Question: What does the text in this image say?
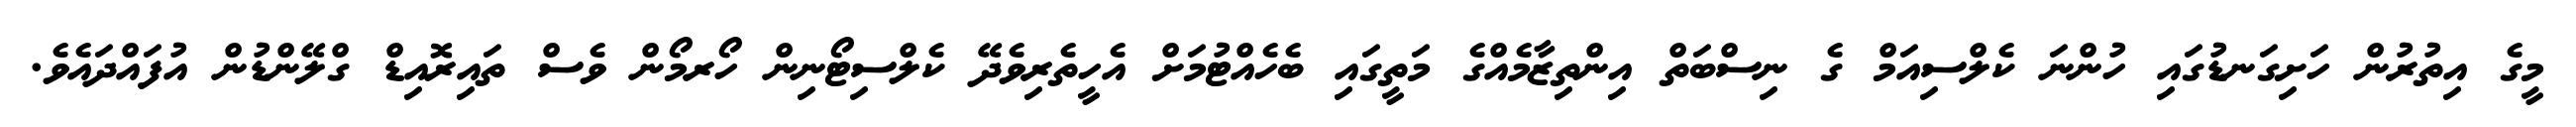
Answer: މީގެ އިތުރުން ހަށިގަނޑުގައި ހުންނަ ކެލްސިއަމް ގެ ނިސްބަތް އިންތިޒާމެއްގެ މަތީގައި ބެހެއްޓުމަށް އެހީތެރިވެދޭ ކެލްސިޓޯނިން ހޯރމޯން ވެސް ތައިރޮއިޑް ގްލޭންޑުން އުފައްދައެވެ.